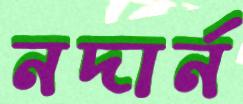
নদার্ন